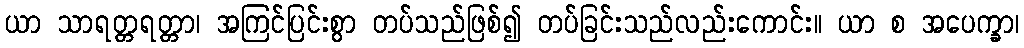
ယာ သာရတ္တရတ္တာ၊ အကြင်ပြင်းစွာ တပ်သည်ဖြစ်၍ တပ်ခြင်းသည်လည်းကောင်း။ ယာ စ အပေက္ခာ၊